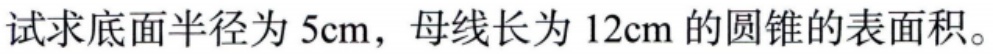
试求底面半径为 \(5\text{cm}\)，母线长为 \(12\text{cm}\) 的圆锥的表面积。